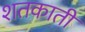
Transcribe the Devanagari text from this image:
शतकाती